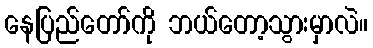
နေပြည်တော်ကို ဘယ်တော့သွားမှာလဲ။